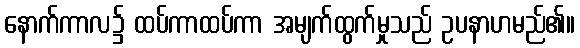
နောက်ကာလ၌ ထပ်ကာထပ်ကာ အမျက်ထွက်မှုသည် ဥပနာဟမည်၏။